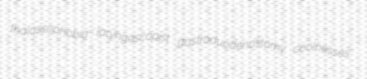
thalassophobia laryngoscopist gastroduodenostomy coolnesses